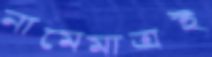
নামেমাত্রই